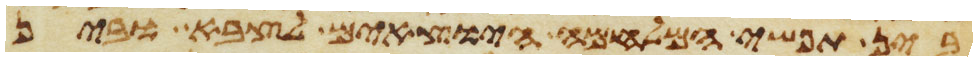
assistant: בין תפשי המלחמה היוצאים לצבא ובין